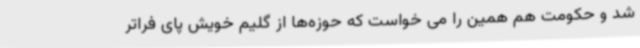
شد و حکومت هم همین را می خواست که حوزه‌ها از گلیم خویش پای فراتر